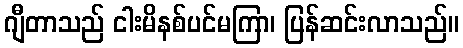
ဂျီတာသည် ငါးမိနစ်ပင်မကြာ၊ ပြန်ဆင်းလာသည်။